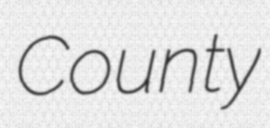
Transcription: County